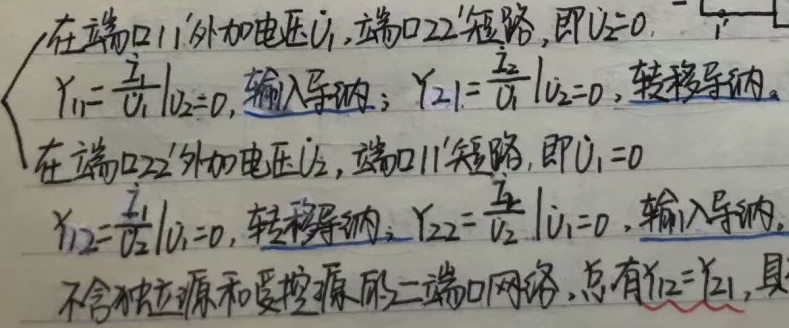
在端口11'外加电压\(\dot{U}_1\)，端口22'短路，即\(\dot{U}_2 = 0\)。
\[
\begin{align*}
Y_{11}&=\left.\frac{\dot{I}_1}{\dot{U}_1}\right|_{\dot{U}_2 = 0},\quad \text{输入导纳}；\\
Y_{21}&=\left.\frac{\dot{I}_2}{\dot{U}_1}\right|_{\dot{U}_2 = 0},\quad \text{转移导纳}。
\end{align*}
\]
在端口22'外加电压\(\dot{U}_2\)，端口11'短路，即\(\dot{U}_1 = 0\)。
\[
\begin{align*}
Y_{12}&=\left.\frac{\dot{I}_1}{\dot{U}_2}\right|_{\dot{U}_1 = 0},\quad \text{转移导纳}；\\
Y_{22}&=\left.\frac{\dot{I}_2}{\dot{U}_2}\right|_{\dot{U}_1 = 0},\quad \text{输入导纳}。
\end{align*}
\]
不含独立源和受控源的二端口网络，总有\(Y_{12}=Y_{21}\)。